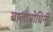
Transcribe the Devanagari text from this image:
बालाबोधिनी